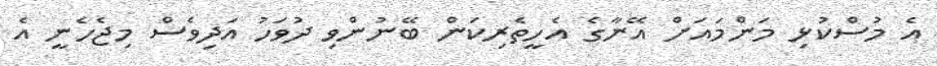
އެ މުސްކުޅި މަންމައަށް އޭނާގެ އެހީތެރިކަން ބޭނުންވި ދުވަހު އަދިވެސް މިޖެހެނީ އެ